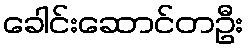
ခေါင်းဆောင်တဦး